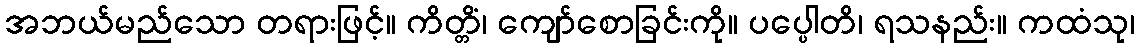
အဘယ်မည်သော တရားဖြင့်။ ကိတ္တိံ၊ ကျော်စောခြင်းကို။ ပပ္ပေါတိ၊ ရသနည်း။ ကထံသု၊